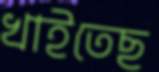
খাইতেছ